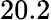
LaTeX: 20.2